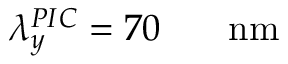
\lambda _ { y } ^ { P I C } = 7 0 \ensuremath { \mathrm { ~ \textrm ~ { ~ \, ~ } ~ } } \ensuremath { \mathrm { n m } }